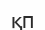
қп